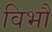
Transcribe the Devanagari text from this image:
विभौ